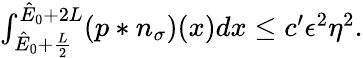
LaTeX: \begin{array}{r}{\int_{\hat{E}_{0}+\frac{L}{2}}^{\hat{E}_{0}+2L}(p\ast n_{\sigma})(x)dx\leq c^{\prime}\epsilon^{2}\eta^{2}.}\end{array}